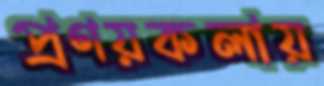
প্রণয়কলায়